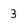
Character: 3